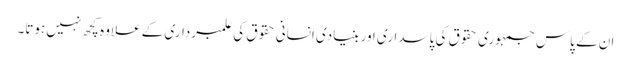
ان کے پاس جمہوری حقوق کی پاسداری اور بنیادی انسانی حقوق کی علمبرداری کے علاوہ کچھ نہیں ہوتا۔